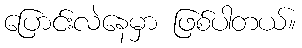
ပြောင်းလဲနေမှာ ဖြစ်ပါတယ်။